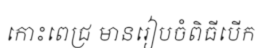
កោះពេជ្រ មានរៀបចំពិធីបើក